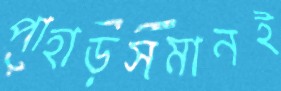
পাহাড়সমানই